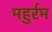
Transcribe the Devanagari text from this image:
महुर्रम